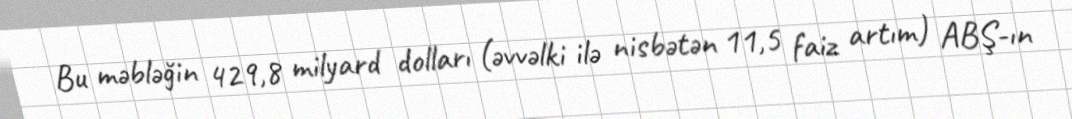
Bu məbləğin 429,8 milyard dolları (əvvəlki ilə nisbətən 11,5 faiz artım) ABŞ-ın